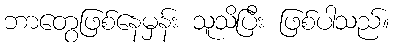
ဘာတွေဖြစ်နေမှန်း သူသိပြီး ဖြစ်ပါသည်။